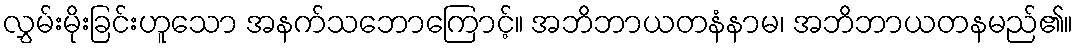
လွှမ်းမိုးခြင်းဟူသော အနက်သဘောကြောင့်။ အဘိဘာယတနံနာမ၊ အဘိဘာယတနမည်၏။